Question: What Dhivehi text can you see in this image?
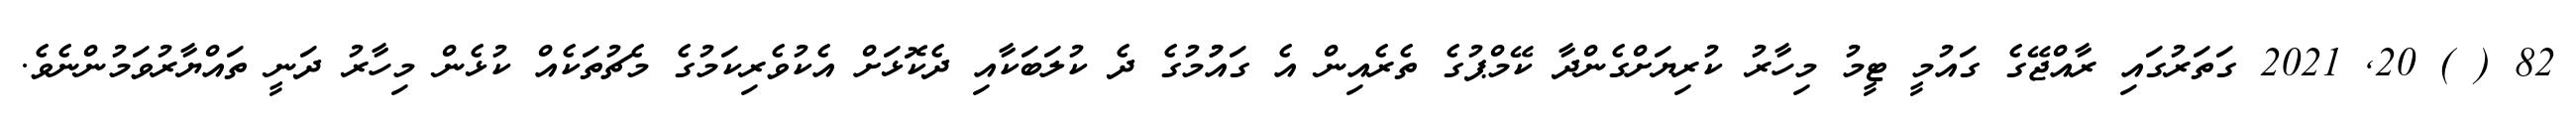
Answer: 82 ( ) 20, 2021 ގަތަރުގައި ރާއްޖޭގެ ގައުމީ ޓީމު މިހާރު ކުރިޔަށްގެންދާ ކޭމްޕުގެ ތެރެއިން އެ ގައުުމުގެ ދެ ކުލަބަކާއި ދެކޮޅަށް އެކުވެރިކަމުގެ މެޗުތަކެއް ކުޅެން މިހާރު ދަނީ ތައްޔާރުވަމުންނެވެ.